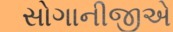
સોગાનીજીએ